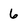
Character: 6